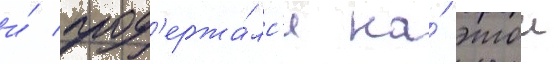
и́ прод'ержа́лс'я на́ этои